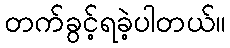
တက်ခွင့်ရခဲ့ပါတယ်။